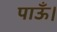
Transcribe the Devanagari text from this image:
पाऊँ।